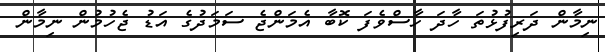
ނިމާން ދަރިފުޅުތަ ހާދަ ހާސްވެފަ ކޮބާ އެމަންޖެ ސަމަދުގެ އަޑު ޖެހުމުން ނިމާން